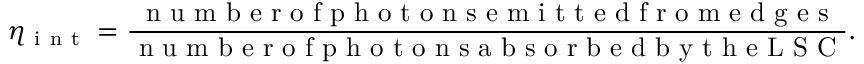
\eta _ { \mathrm { ~ i ~ n ~ t ~ } } = \frac { \textrm { n u m b e r o f p h o t o n s e m i t t e d f r o m e d g e s } } { \textrm { n u m b e r o f p h o t o n s a b s o r b e d b y t h e L S C } } .